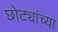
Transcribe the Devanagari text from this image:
छोट्यांच्या